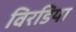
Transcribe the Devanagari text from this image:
विरडिया